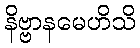
နိဗ္ဗာနမေဟိသိ